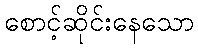
စောင့်ဆိုင်းနေသော